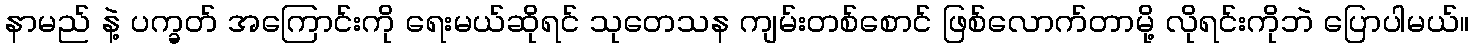
နာမည် နဲ့ ပက္ခတ် အကြောင်းကို ရေးမယ်ဆိုရင် သုတေသန ကျမ်းတစ်စောင် ဖြစ်လောက်တာမို့ လိုရင်းကိုဘဲ ပြောပါမယ်။